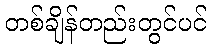
တစ်ချိန်တည်းတွင်ပင်